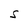
Character: S